Lunatic asylums in Bengal annual reports 1912-1924 - 1912-1924
Year: 1912
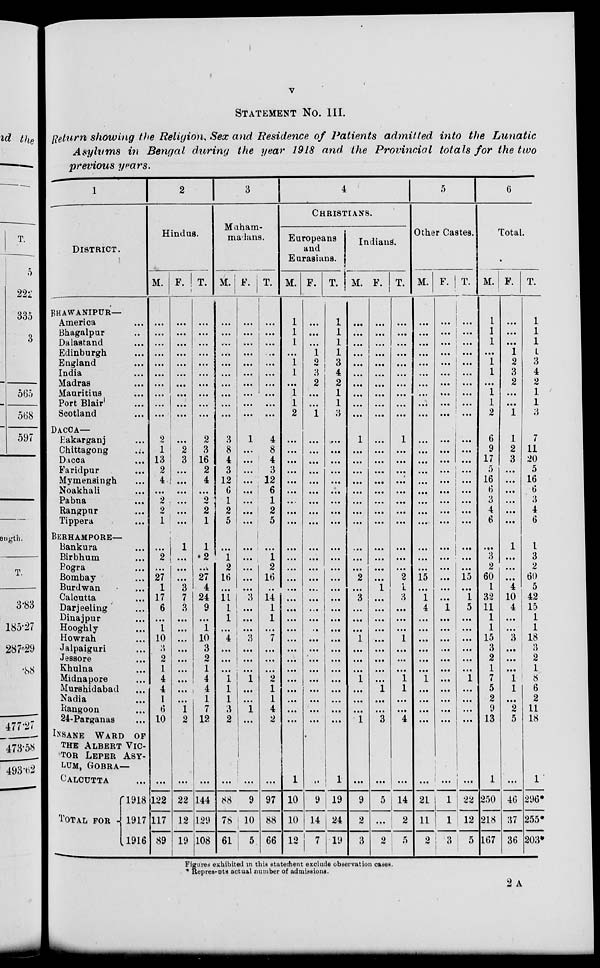
v
STATEMENT No. III.
Return showing the Religion, Sex and Residence of Patients admitted into the Lunatic
Asylums in Bengal during the year 1918 and, the Provincial totals for the two
previous years.
1
DISTRICT.
BHAWANIPUR—
America ...
Bhagalpur ...
Dalastand ...
Edinburgh ...
England ...
India ...
Madras ...
Mauritius ...
Port Blair ...
Scotland ...
DACCA—
Eakarganj ...
Chittagong ...
Dacca ...
Faridpur ...
Mymensingh ...
Noakhali ...
Pabna ...
Rangpur ...
Tippera ...
BERHAMPORE—
Bankura ...
Birbhum ...
Pogra ...
Bombay ...
Burdwan ...
Calcutta ...
Darjeeling ...
Dinajpur ...
Hooghly ...
Howrah ...
Jalpaiguri ...
Jessore ...
Khulna ...
Midnapore ...
Murshidabad ...
Nadia ...
Rangoon ...
24-Parganas ...
INSANE WARD OF
THE ALBERT VIC-
--- LEPER ASY-
---, GOBRA—
CALCUTTA ...
TOTAL FOR
1918
1917
1916
2
Hindus.
M.
.. .
...
...
...
...
...
...
...
...
...
2
1
13
2
4
...
2
2
1
...
2
...
27
1
17
6
...
1
10
3
2
1
4
4
1
6
10
...
122
117
89
F.
.. .
...
...
...
...
...
...
. ..
.. .
...
...
2
3
...
...
...
...
...
...
1
...
...
...
3
7
3
...
...
...
...
...
...
...
...
...
1
2
...
22
12
19
T.
...
...
...
...
...
...
.. .
...
...
...
2
3
16
2
4
...
9
2
1
1
2
...
27
4
24
9
...
1
10
3
2
1
4
4
1
7
12
...
144
129
108
3
Maham-
madans.
M.
...
...
...
...
...
...
...
...
...
...
3
8
4
3
12
6
1
2
5
...
1
2
16
...
11
1
1
...
4
...
...
...
1
1
1
3
2
...
88
78
61
F.
...
...
...
...
...
...
...
...
...
...
1
...
...
...
...
...
...
...
...
...
...
...
...
...
3
...
...
...
3
...
...
...
1
...
...
1
...
...
9
10
5
T.
...
...
...
...
...
...
...
...
...
...
4
8
4
3
12
6
1
2
5
...
1
2
16
...
14
1
1
...
7
...
...
...
2
1
1
4
2
...
97
88
66
4
CHRISTIANS.
Europeans
and
Eurasians.
M.
1
1
1
...
1
1
...
1
1
2
...
...
...
...
...
...
.. .
...
...
...
...
...
...
...
...
...
...
...
...
...
...
...
...
...
...
...
...
1
10
10
12
F.
...
...
...
1
2
3
2
...
...
1
...
...
...
...
...
...
...
...
...
...
...
...
...
...
...
...
...
...
...
...
...
...
...
...
...
...
...
...
9
14
7
T.
1
1
1
1
3
4
2
1
1
3
...
. ..
...
...
...
...
...
...
...
...
...
...
...
...
...
...
...
...
...
...
...
...
...
...
...
...
...
1
19
24
19
Indians.
M.
...
...
...
...
...
...
...
...
...
...
1
...
...
...
...
...
...
...
...
...
...
...
2
...
3
...
...
...
1
...
...
...
1
...
...
...
1
...
9
2
3
F.
...
...
...
...
...
...
...
...
...
...
...
...
...
...
...
...
...
...
...
...
...
...
...
1
...
...
...
...
...
...
...
...
...
1
...
...
3
. ..
5
...
2
T.
...
...
...
...
...
...
...
...
...
...
1
...
...
...
...
...
...
...
...
...
...
...
2
1
3
...
...
...
1
...
...
...
1
1
...
...
4
...
14
2
5
5
Other Castes.
M.
...
...
...
...
...
...
...
...
...
...
...
...
...
...
...
...
...
...
...
...
...
...
15
...
1
4
...
...
...
...
...
...
1
...
...
...
...
...
21
11
2
F.
...
...
...
...
...
...
...
...
...
...
...
...
...
...
...
...
...
...
...
...
...
...
...
...
...
1
...
...
...
...
...
...
...
...
...
...
...
...
1
1
3
T.
...
...
...
...
...
...
...
...
...
...
...
...
...
...
...
...
...
...
...
...
...
...
15
...
1
5
...
...
...
...
...
...
1
...
...
...
...
...
22
12
5
6
Total.
M.
1
1
1
...
1
1
...
1
1
2
6
9
17
5
16
6
3
4
6
...
3
2
60
1
32
11
1
1
15
3
2
1
7
5
2
9
13
1
250
218
167
F.
...
...
...
1
2
3
2
...
...
1
1
2
3
...
...
...
...
...
...
1
...
...
...
4
10
4
...
...
3
...
...
...
1
1
...
2
5
...
46
37
36
T.
1
1
1
1
3
4
2
1
1
3
7
11
20
5
16
6
3
4
6
1
3
2
60
5
42
15
1
1
18
3
2
1
8
6
2
11
18
1
296*
255*
203*
Figures exhibited in this statement exclude observation cases.
* Represents actual number of admissions.
2 A